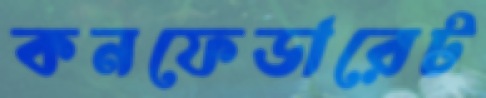
কনফেডারেট